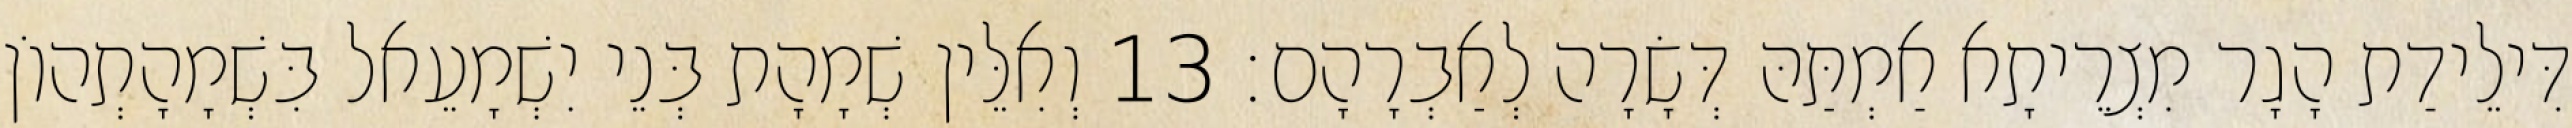
דִּילֵידַת הָגָר מִצְרֵיתָא אַמְתַּהּ דְּשָׂרָה לְאַבְרָהָם׃ 13 וְאִלֵּין שְׁמָהָת בְּנֵי יִשְׁמָעֵאל בִּשְׁמָהָתְהוֹן